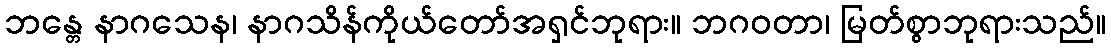
ဘန္တေ နာဂသေန၊ နာဂသိန်ကိုယ်တော်အရှင်ဘုရား။ ဘဂဝတာ၊ မြတ်စွာဘုရားသည်။